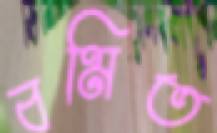
বমিত